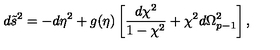
d \tilde { s } ^ { 2 } = - d \eta ^ { 2 } + g ( \eta ) \left[ { \frac { d \chi ^ { 2 } } { 1 - \chi ^ { 2 } } } + \chi ^ { 2 } d \Omega _ { p - 1 } ^ { 2 } \right] ,